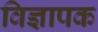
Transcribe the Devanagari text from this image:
विज्ञापक